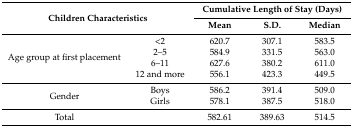
| <ROWSPAN=2-COLSPAN=2> Children Characteristics | <COLSPAN=3> Cumulative Length of Stay (Days) |
 | Mean | S.D. | Median |
 | --- | --- | --- | --- | --- |
 | <ROWSPAN=4> Age group at first placement | <2 | 620.7 | 307.1 | 583.5 |
 | 2–5 | 584.9 | 331.5 | 563.0 |
 | 6–11 | 627.6 | 380.2 | 611.0 |
 | 12 and more | 556.1 | 423.3 | 449.5 |
 | <ROWSPAN=2> Gender | Boys | 586.2 | 391.4 | 509.0 |
 | Girls | 578.1 | 387.5 | 518.0 |
 | Total |  | 582.61 | 389.63 | 514.5 |